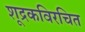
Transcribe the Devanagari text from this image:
शूद्रकविरचित